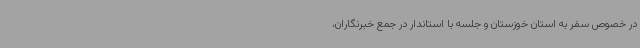
در خصوص سفر به استان خوزستان و جلسه با استاندار در جمع خبرنگاران،